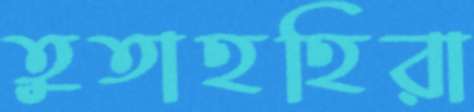
তুতাহহিরা